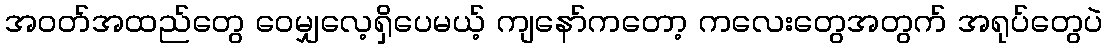
အဝတ်အထည်တွေ ဝေမျှလေ့ရှိပေမယ့် ကျနော်ကတော့ ကလေးတွေအတွက် အရုပ်တွေပဲ